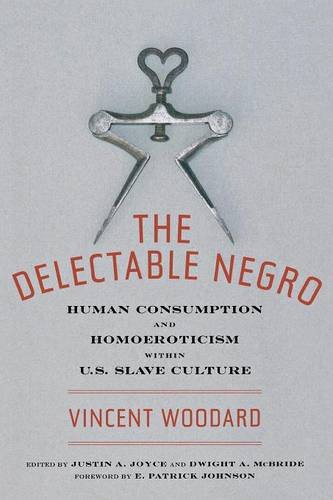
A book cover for The Delectable Negro: Human Consumption and Homoeroticism within US Slave Culture (Sexual Cultures); Vincent Woodard; Gay & Lesbian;